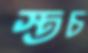
স্তচ